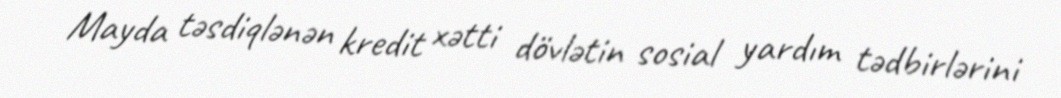
Mayda təsdiqlənən kredit xətti dövlətin sosial yardım tədbirlərini